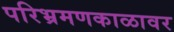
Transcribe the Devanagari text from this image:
परिभ्रमणकाळावर